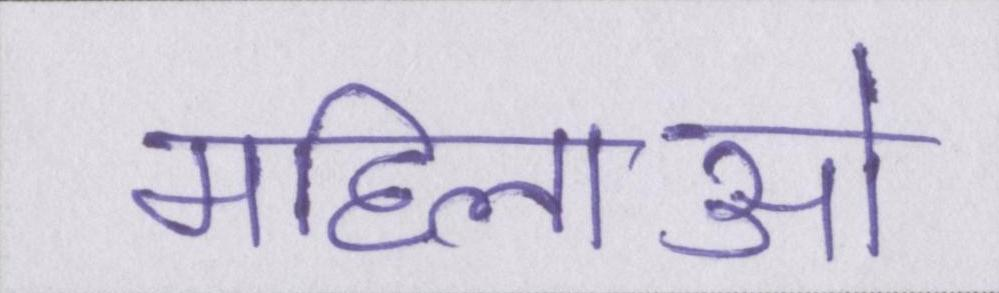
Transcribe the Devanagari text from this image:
महिलाओ